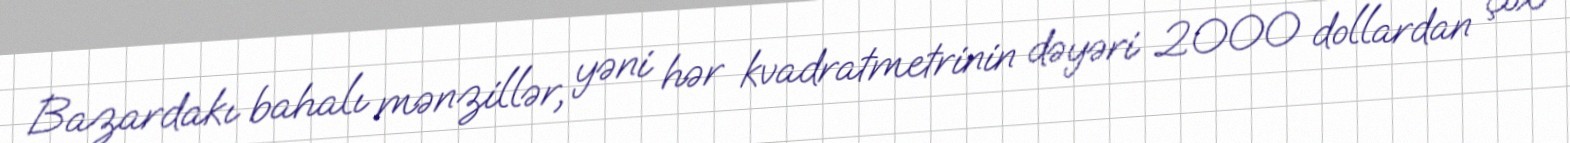
Bazardakı bahalı mənzillər, yəni hər kvadratmetrinin dəyəri 2000 dollardan çox